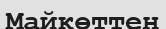
Майкөттен